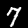
Digit: 7